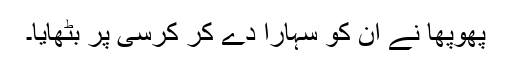
پھوپھا نے ان کو سہارا دے کر کرسی پر بٹھایا۔